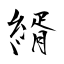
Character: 縃